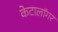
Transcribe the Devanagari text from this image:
केटालॉगर